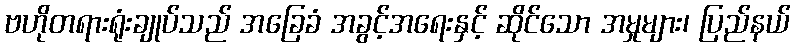
ဗဟိုတရားရုံးချုပ်သည် အခြေခံ အခွင့်အရေးနှင့် ဆိုင်သော အမှုများ၊ ပြည်နယ်